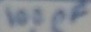
Text: 100pF